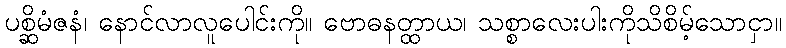
ပစ္ဆိမံဇနံ၊ နောင်လာလူပေါင်းကို။ ဗောဓနတ္ထာယ၊ သစ္စာလေးပါးကိုသိစိမ့်သောငှာ။